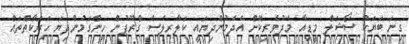
ގިނަ ބަޔަކު ސޯޝަލް މީޑިއާ މެދުވެރިކޮށް އެދެމުންދިޔައީ ކަލާރލެސް ގްރޫޕުން ހިންގަމުންދިޔަ ހަރަކާތްތައް